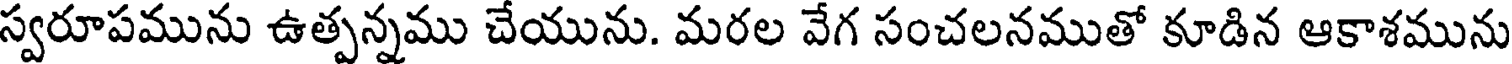
స్వరూపమును ఉత్పన్నము చేయును. మరల వేగ సంచలనముతో కూడిన ఆకాశమును